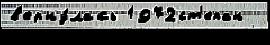
в'ерну́лась 1972ст'епан